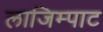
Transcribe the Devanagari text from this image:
लाजिम्पाट